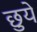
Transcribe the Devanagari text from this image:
छुयें